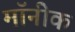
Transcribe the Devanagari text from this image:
मॉनीक